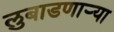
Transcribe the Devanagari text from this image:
लुबाडणाऱ्या